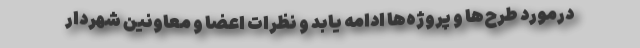
درمورد طرح‌ها و پروژه‌ها ادامه یابد و نظرات اعضا و معاونین شهردار